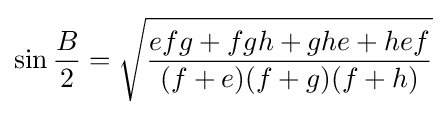
\sin {\frac {B}{2}}={\sqrt {\frac {efg+fgh+ghe+hef}{(f+e)(f+g)(f+h)}}}